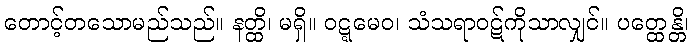
တောင့်တသောမည်သည်။ နတ္ထိ၊ မရှိ။ ဝဋ္ဋမေဝ၊ သံသရာဝဋ်ကိုသာလျှင်။ ပတ္ထေန္တိ၊